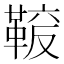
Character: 𩋛